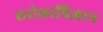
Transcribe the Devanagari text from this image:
सरोवरविज्ञान